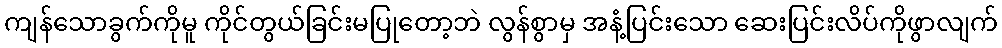
ကျန်သောခွက်ကိုမူ ကိုင်တွယ်ခြင်းမပြုတော့ဘဲ လွန်စွာမှ အနံ့ပြင်းသော ဆေးပြင်းလိပ်ကိုဖွာလျက်